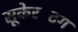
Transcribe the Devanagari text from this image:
सूकेरटिंग